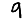
Digit: 9